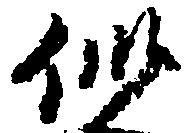
似